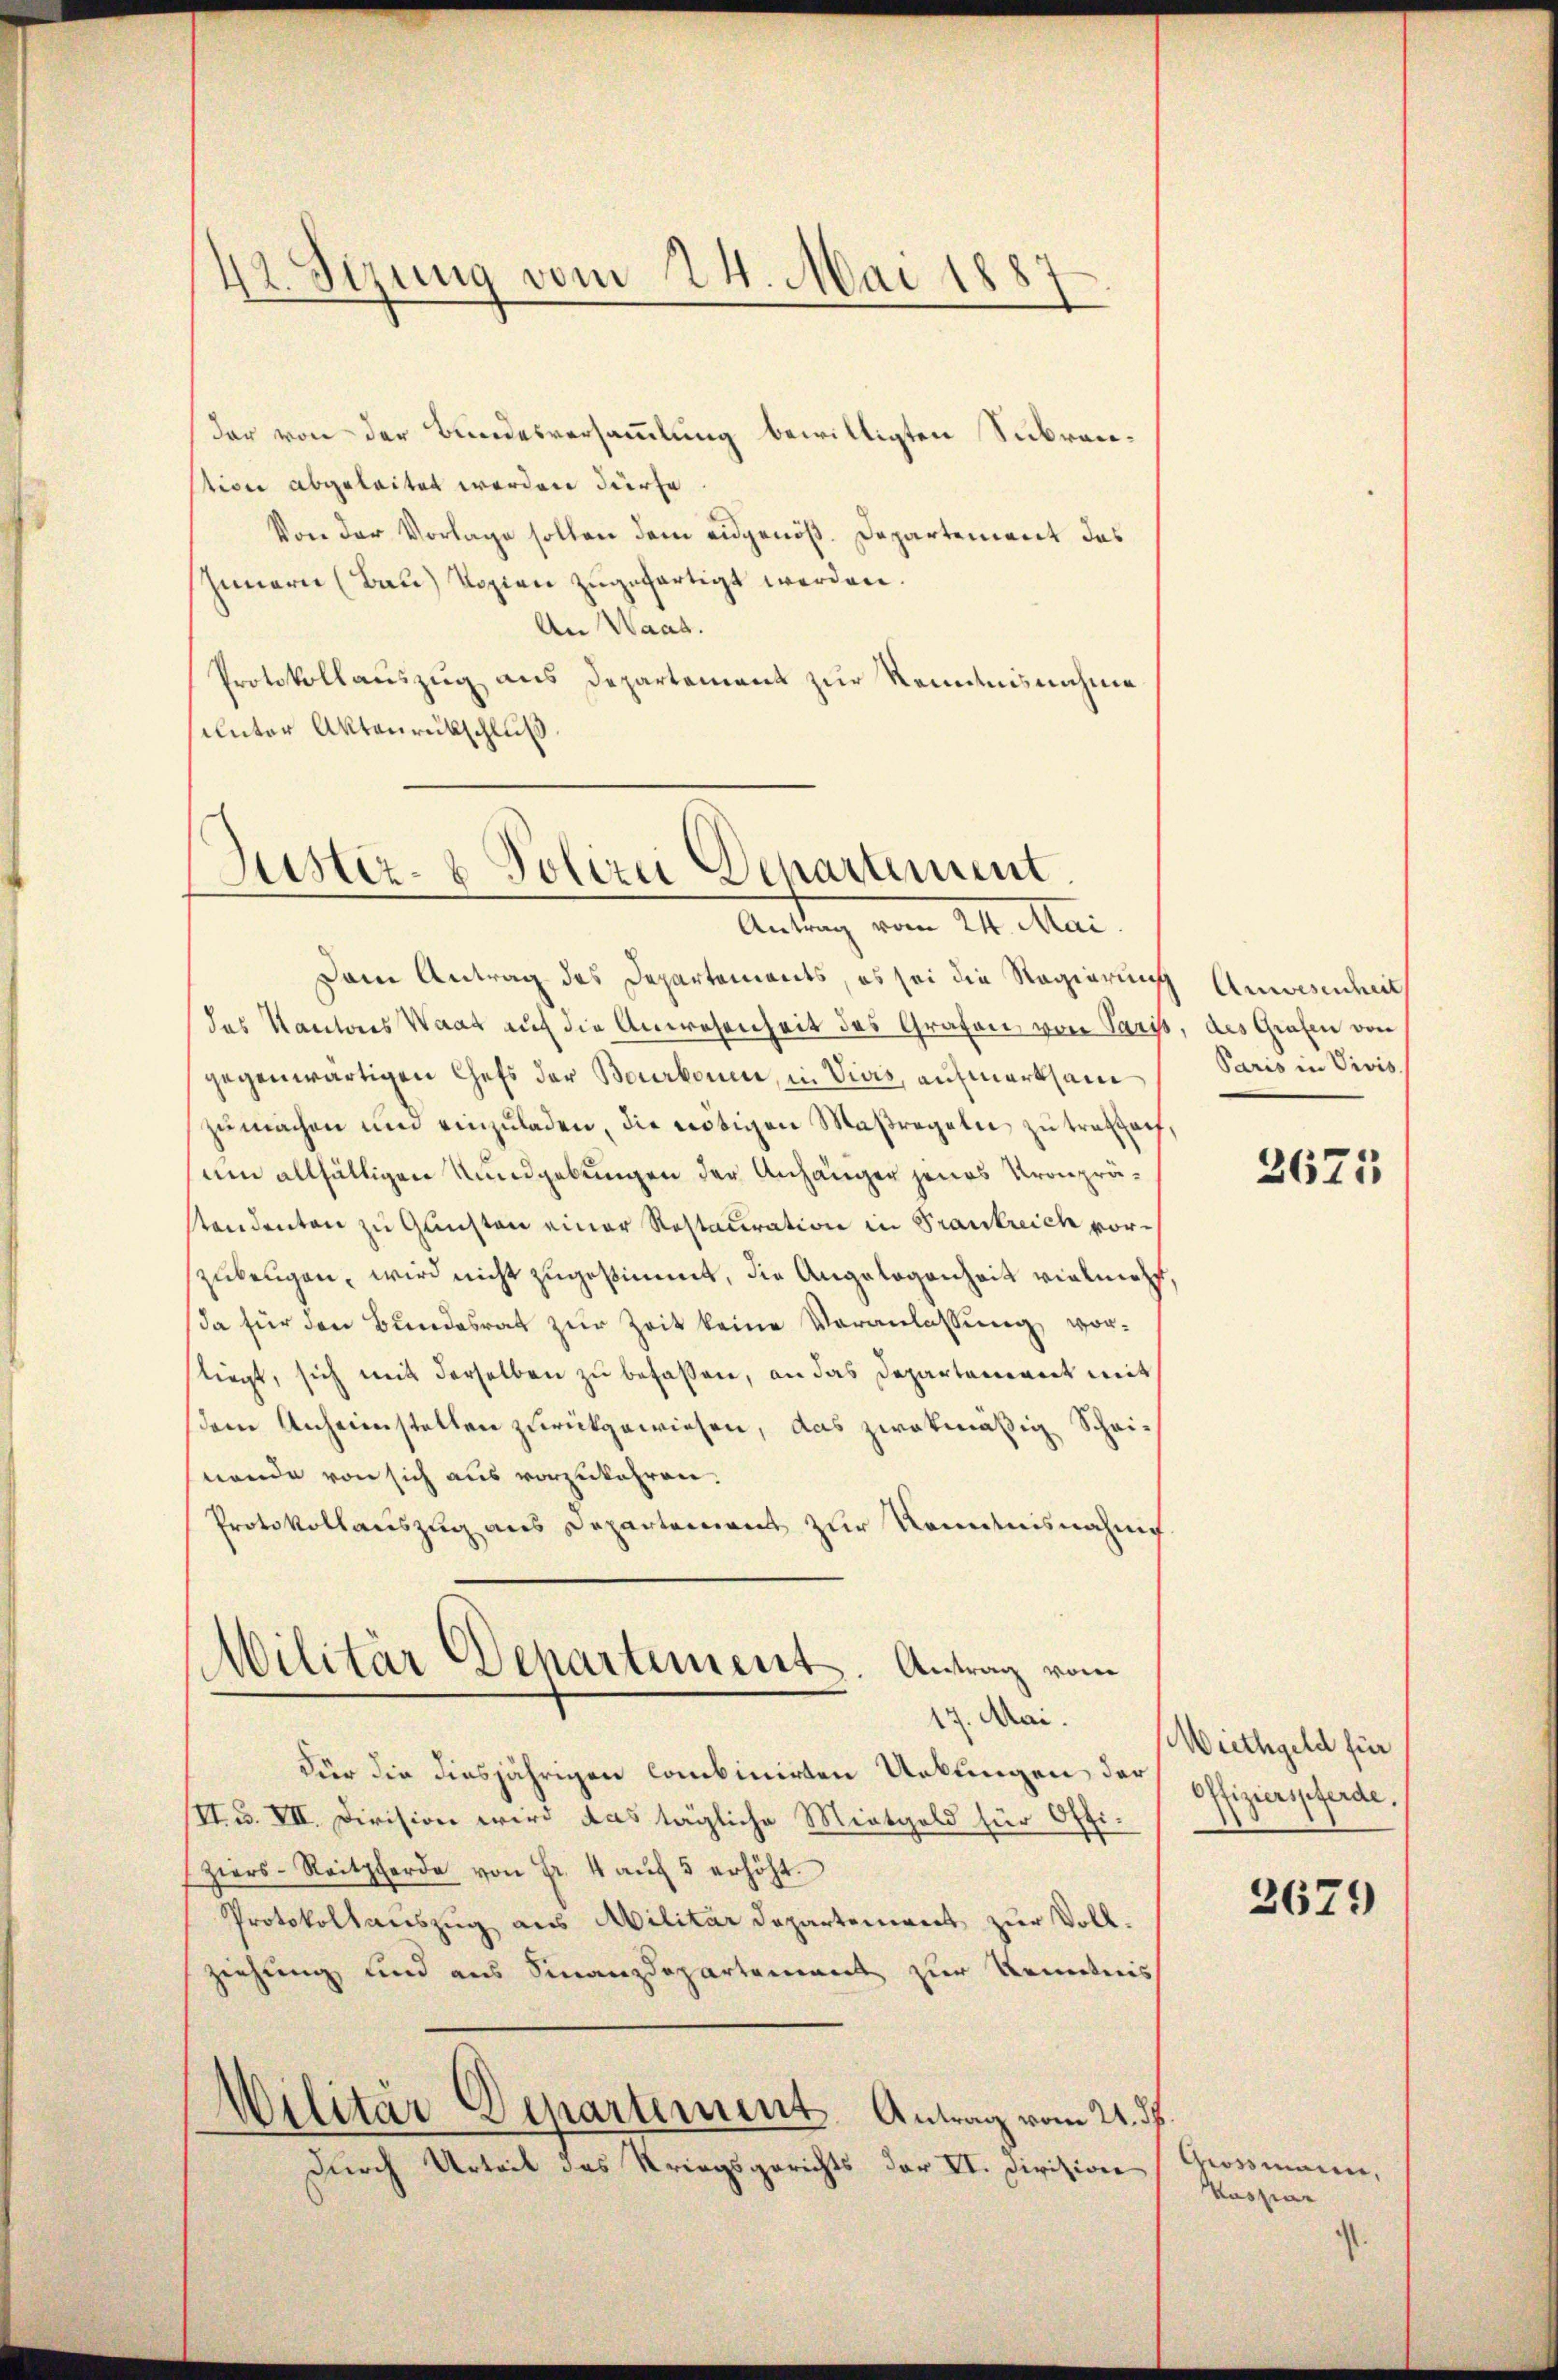
42. Sizung vom 24. Mai 18.
7
d

(der von der Bundesversammlung bewilligten Subranstion abgeleitet werden dürfe
Von der Vorlage sollen dem eidgenöß. Departement das
Innern (Bau) Sozion zugefertigt werden.
An Waad
Protokollauszug aus Departement zur Kenntnisnahme
unter Aktenrückschluß

Justiz- & Polizei Departement.
Antag vom 11. Mai.

Dem Antrag des Departements, es sei die Regierung Anwesenheit
das Kantons Waat auf die Anwesenheit des Grafen von Paris, des Grafen von
gegenwärtigen Chefs der Bourkonen, in Vias, aufmerksam
zumachen und einzuladen, die nötigen Maßregeln zu tratzauf,
um allfältigen Rundgebungen der Anhänger jenes Kronprätendenten zu Gunsten einer Restauration in Frankreich vorzubeugen, wird nicht zugestimmt, die Angelegenheit vielmeht,
da für den Bundesrat zur Zeit keine Veranlassung vorfliegt, sich mit derselben zu befassen, an das Departement mit
dem Anheimstellen zurückgewiesen, das zwekmäßig Scheinende von sich aus vorzukehren.
Protokollauszug aus Departement zur Kenntnisnahme
Militär Departement. Antrag vom
17. Mai.
Für die diesjährigen Combinirten Urkungen der
II. u. VII. Division wird das tägliche Mietgeld für Ott
Ziers-Reitpferde von Fr. 4 aŭf 5 erhöht.
Protokollauszug aus Militar Departement zur Vollziehung und aus Finanzdepartement zur Kenntnis
Militär Departement. Antrag vom 21. ds
Durch Urteil des Kriegsgerichts der VI. Division

Paris in Vivis

2671

Wiethgeld für
Offizierspferde.

2679

Grossmann,
Masziar